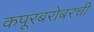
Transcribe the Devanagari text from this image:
कपूरबरोबरची